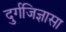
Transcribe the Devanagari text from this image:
दुर्गजिज्ञासा